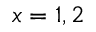
x = 1 , 2